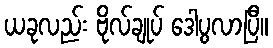
ယခုလည်း ဗိုလ်ချုပ် ဒေါပွလာပြီ။